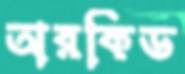
অরকিড